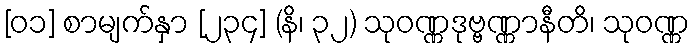
[၀၁] စာမျက်နှာ [၂၃၄] (နိ၊ ၃၂) သုဝဏ္ဏဒုဗ္ဗဏ္ဏာနီတိ၊ သုဝဏ္ဏ